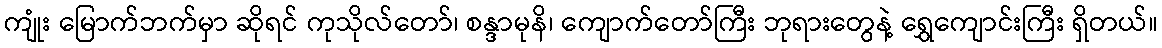
ကျုံး မြောက်ဘက်မှာ ဆိုရင် ကုသိုလ်တော်၊ စန္ဒာမုနိ၊ ကျောက်တော်ကြီး ဘုရားတွေနဲ့ ရွှေကျောင်းကြီး ရှိတယ်။